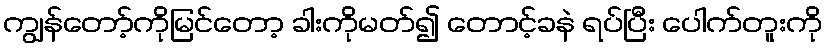
ကျွန်တော့်ကိုမြင်တော့ ခါးကိုမတ်၍ တောင့်ခနဲ ရပ်ပြီး ပေါက်တူးကို